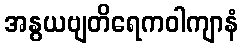
အနွယဗျတိရေကဝါကျာနံ